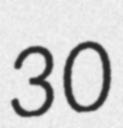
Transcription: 30